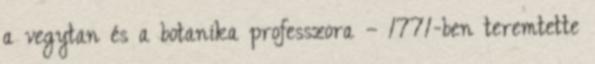
a vegytan és a botanika professzora – 1771-ben teremtette